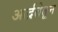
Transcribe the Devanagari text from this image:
आर्द्रतेतून